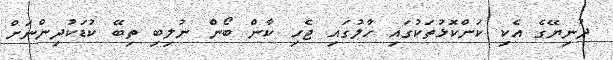
ދުނިޔޭގެ އެކި ކަންކޮޅުތަކުގައި ހާލުގައި ޖެހި ކާން ބޯން ނުލިބި ތިބޭ ކުޑަކުދިންނަށް